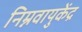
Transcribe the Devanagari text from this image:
निम्नवायुकेंद्र